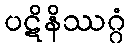
ပဋိနိဿဂ္ဂံ